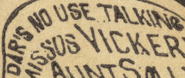
DAR'S NO USE TALKING